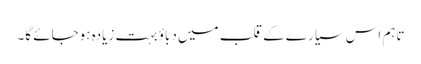
تاہم اس سیارے کے قلب میں دباؤ بہت زیادہ ہوجائے گا۔